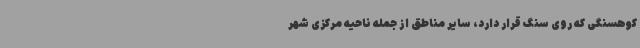
کوهسنگی که روی سنگ قرار دارد، سایر مناطق از جمله ناحیه مرکزی شهر